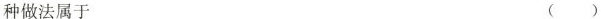
种做法属于 ( )